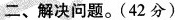
二、解决问题。(42分)